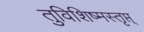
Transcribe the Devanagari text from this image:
तुविशिष्मस्तृप्त्